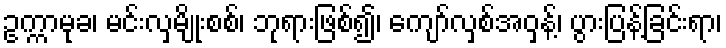
ဥက္ကာမုခ၊ မင်းလှမျိုးစစ်၊ ဘုရားဖြစ်၍၊ ကျော်လှစ်အဝှန့်၊ ပွားပြန့်ခြင်းရာ၊